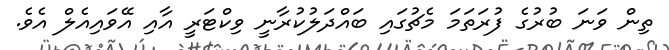
ތިން ވަނަ ބުރުގެ ފުރަތަމަ މެޗުގައި ބައްދަލުކުރާނީ ވިކްޓަރީ އާއި އޭވައިއެލް އެވެ.